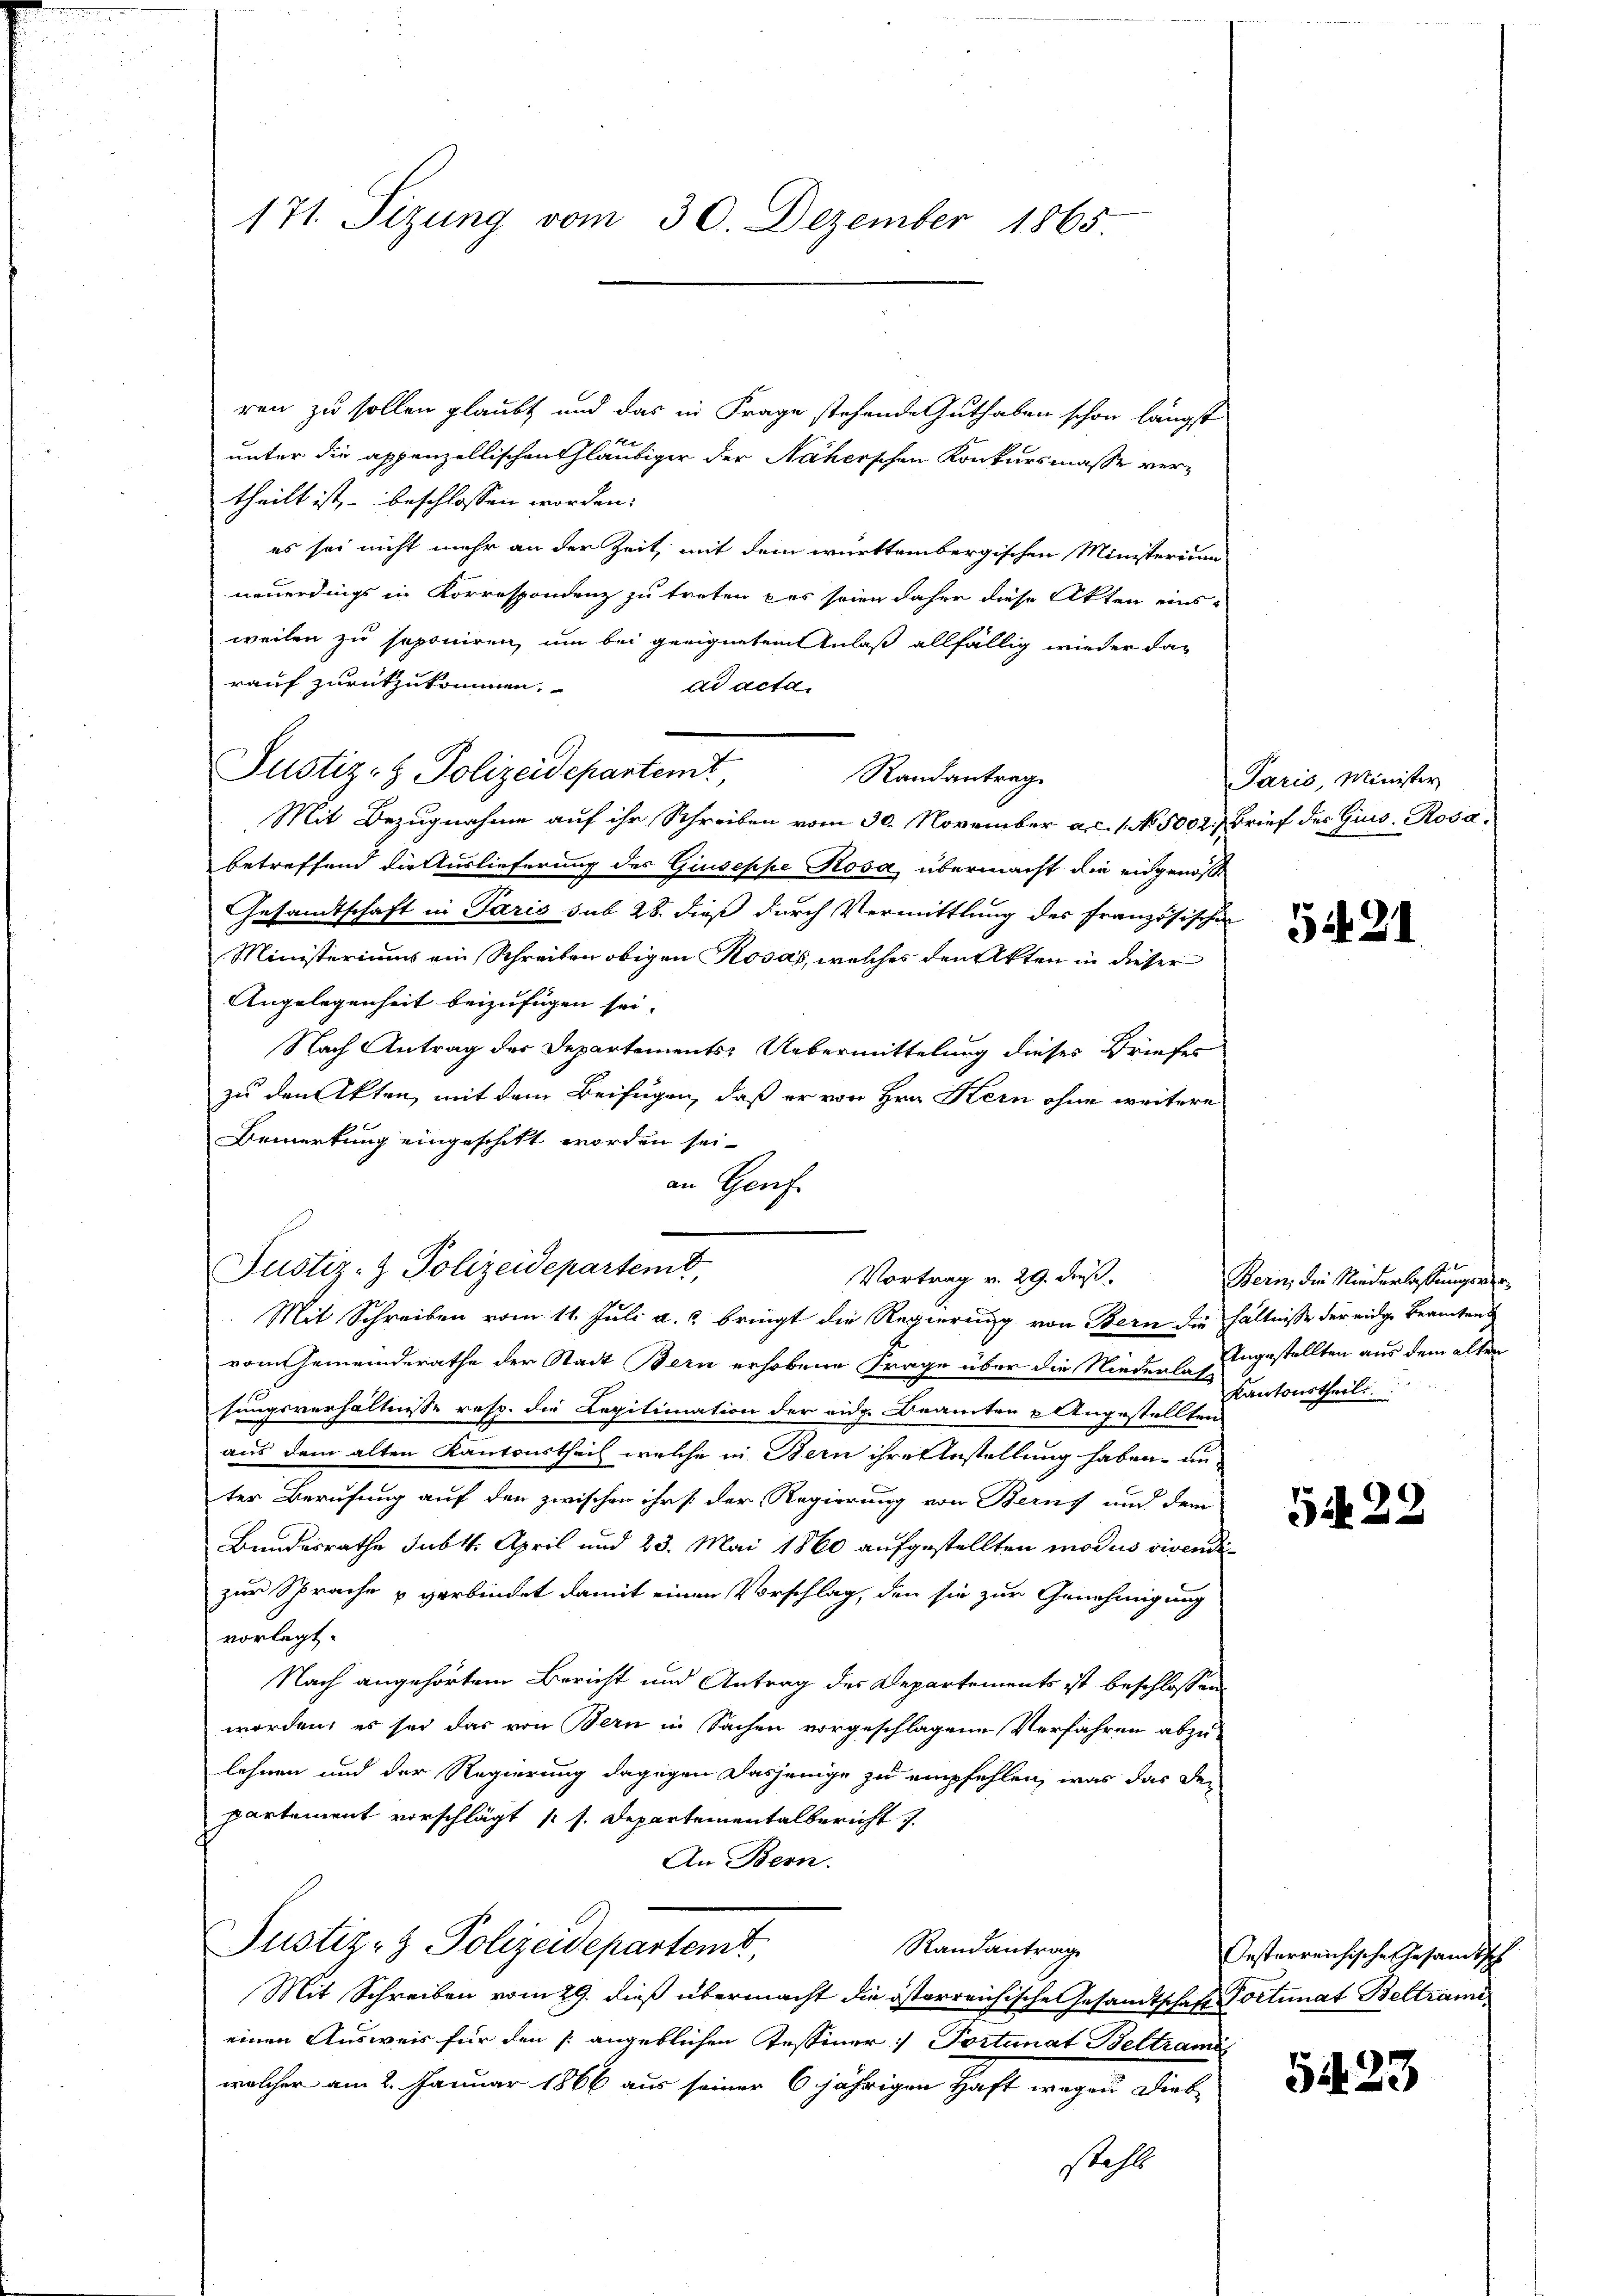
171. Sizung vom 30. Dezember 1865.

ren zu sollen glaubt und das in Frage stehende Guthaben schon längst
f
unter die appenzellischen Gläubiger der Näherschen Konkursmasse vertheilt ist, – beschlossen worden.
es sei nicht mehr an der Zeit mit dem württembergischen Ministerium
neuerdings in Korrespondenz zu treten pas seien daher diese Akten eins-
weilen zu seponiren, um bei geeignetem Anlaß allfällig wieder darauf zurückzukommen.
ad acta.
Randantrag
Mit Bezugnahme auf ihr Schreiben vom 30. November a.c. s. No. 5002. Brief des Gius. Rosabetreffend die Auslieferung des Giuseppe Rosa übermacht die eingenoße
Gesandtschaft in Paris sub 28. dieß durch Vermittlung des Französischen
Ministeriums ein Schreiben obigen Kosas, welches den Akten in dieser
Angelegenheit beizufügen sei.
Nach Antrag der Departements: Uebermittelung dieses Briefes
zu den Akten, mit dem Beifügen, daß er von Hrn. Kern ohne weitere
Bemerkung eingeschikt worden sei.
an Genf.
Mit Schreiben vom 11. Juli a. bringt die Regierung von Bern die hältnisse der eidge Beamtens
vom Gemeinderathe der Stadt Bern erhobene Frage über die Niederlangestellten aus dem alten
sungsverhältnisse resp. die Legitimation der eidg. Beamten Angestelle Antourtheil
aus dem alten Kantonstheil welche in Bern ihre Anstellung haben unter Berufung auf den zwischen ihr s der Regierung von Berns und dem
Bundesrathe subt. April und 23. Mai 1860 aufgestellten modus vivende
zur Sprache u verbindet damit einen Vorschlag, den sie zur Genehmigung
vorlegt.
Nach angehörtem Bericht und Antrag des Departements ist beschlossen
worden, es sei das von Bern in Sachen vorgeschlagene Verfahren abzulehnen und der Regierung dagegen dasjenige zu empfehlen, was das De-
partement vorschlägt (s. Departementalbericht
An Bern.
Justiz- & Polizeidepartemt,
Randantrage
Mit Schreiben vom 29. dieß übermacht die österreichische Gesandtschaft Portunat Beltramieinen Ausweis für den s. angeblichen Fessener Portunat Beltrami
welcher am 2. Januar 1866 aus seiner 6jährigen Haft wegen Dieb
steht

Justiz- & Polizeidepartemt,

Justiz- & Polizeidepartemt,

Vortrag v. 29. dieß.

Paris, Minister

5421

12
Bern, die Niederlassungsver¬

5422

Oesterreichische Gesandtsch

5423